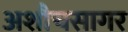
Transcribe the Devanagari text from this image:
अशौचसागर